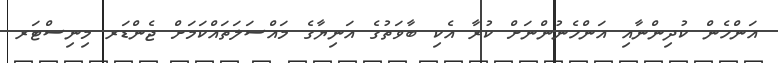
އަންހެން ކުދިންނާއި އަންހެނުންނަށް ކުރާ އެކި ބާވަތުގެ އަނިޔާގެ މައްސަލަތައްކަމަށް ޖެންޑަރ މިނިސްޓަރ